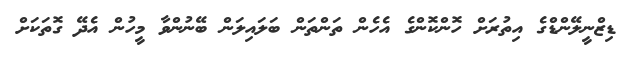
ޑިޒްނީލޭންޑްގެ އިތުރަށް ހޮންކޮންގެ އެހެން ތަންތަން ބަލައިލަން ބޭނުންވާ މީހުން އެދޭ ގޮތަކަށް